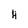
Character: H